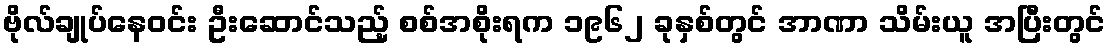
ဗိုလ်ချုပ်နေဝင်း ဦးဆောင်သည့် စစ်အစိုးရက ၁၉၆၂ ခုနှစ်တွင် အာဏာ သိမ်းယူ အပြီးတွင်